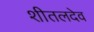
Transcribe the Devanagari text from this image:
शीतलदेव